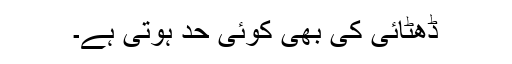
ڈھٹائی کی بھی کوئی حد ہوتی ہے۔